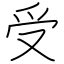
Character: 受